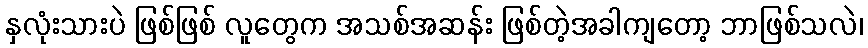
နှလုံးသားပဲ ဖြစ်ဖြစ် လူတွေက အသစ်အဆန်း ဖြစ်တဲ့အခါကျတော့ ဘာဖြစ်သလဲ၊